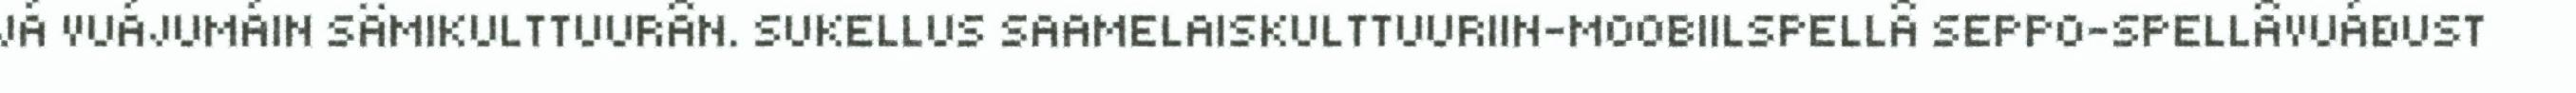
JÁ VUÁJUMÁIN SÄMIKULTTUURÂN. SUKELLUS SAAMELAISKULTTUURIIN-MOOBIILSPELLÂ SEPPO-SPELLÂVUÁĐUST